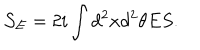
{ \mathcal { S } } _ { E } = 2 i \int { d ^ { 2 } x d ^ { 2 } \theta E S } .